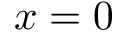
x = 0